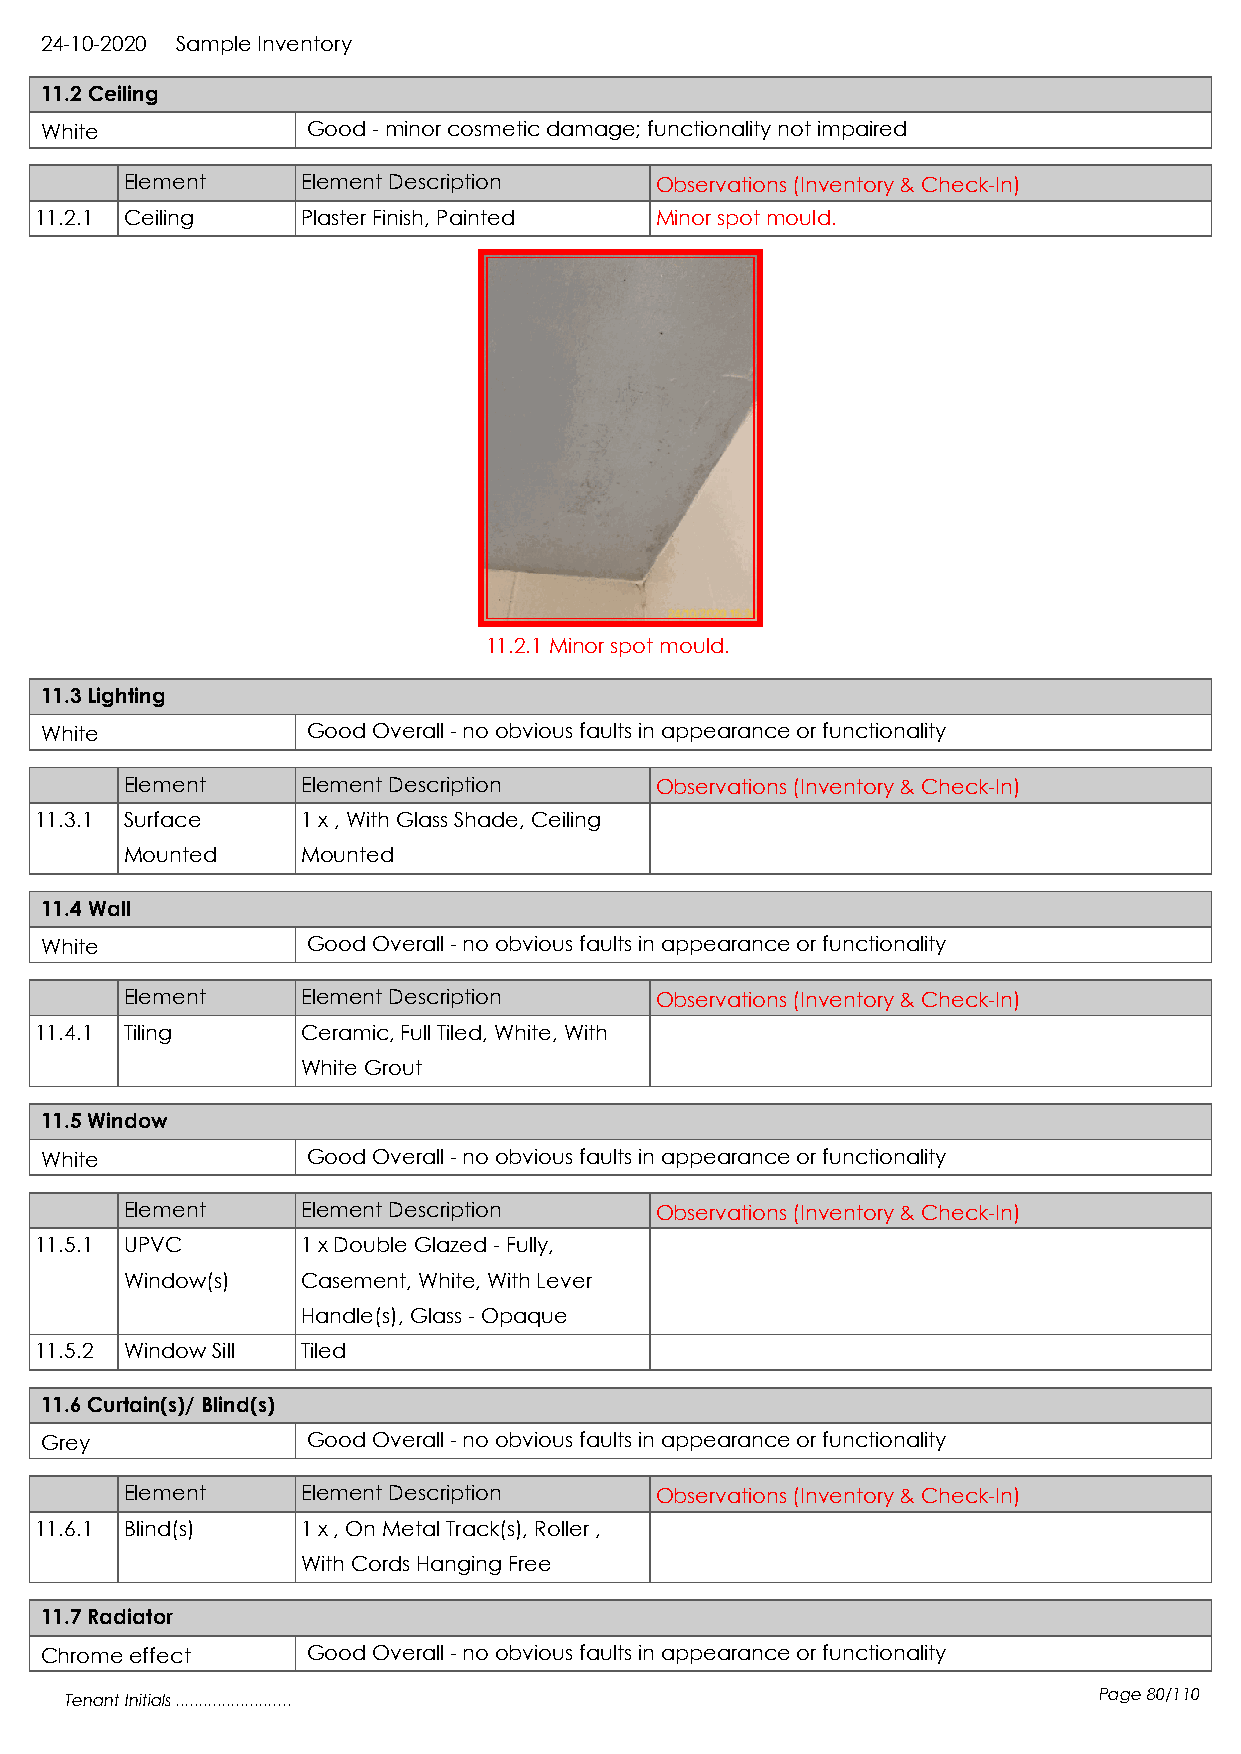
24-10-2020 Sample Inventory
 11.2 Ceiling
 White            Good - minor cosmetic damage; functionality not impaired
 Element     Element Description    Observations (Inventory & Check-In)
 11.2.1 Ceiling    Plaster Finish, Painted Minor spot mould.
 11.2.1 Minor spot mould.
 11.3 Lighting
 White            Good Overall - no obvious faults in appearance or functionality
 Element     Element Description    Observations (Inventory & Check-In)
 11.3.1 Surface    1 x , With Glass Shade, Ceiling
 Mounted     Mounted
 11.4 Wall
 White            Good Overall - no obvious faults in appearance or functionality
 Element     Element Description    Observations (Inventory & Check-In)
 11.4.1 Tiling     Ceramic, Full Tiled, White, With
 White Grout
 11.5 Window
 White            Good Overall - no obvious faults in appearance or functionality
 Element     Element Description    Observations (Inventory & Check-In)
 11.5.1 UPVC       1 x Double Glazed - Fully,
 Window(s)   Casement, White, With Lever
 Handle(s), Glass - Opaque
 11.5.2 Window Sill Tiled
 11.6 Curtain(s)/ Blind(s)
 Grey             Good Overall - no obvious faults in appearance or functionality
 Element     Element Description    Observations (Inventory & Check-In)
 11.6.1 Blind(s)   1 x , On Metal Track(s), Roller ,
 With Cords Hanging Free
 11.7 Radiator
 Chrome effect    Good Overall - no obvious faults in appearance or functionality
 Tenant Initials .........................                            Page 80/110